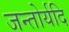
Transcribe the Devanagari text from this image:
जन्तोर्यदि